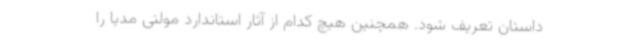
داستان تعریف شود. همچنین هیچ کدام از آثار استاندارد مولتی مدیا را